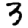
Digit: 3